Annual report on the working of the mental hospitals in the Madras Presidency - 1912-1932
Year: 1912
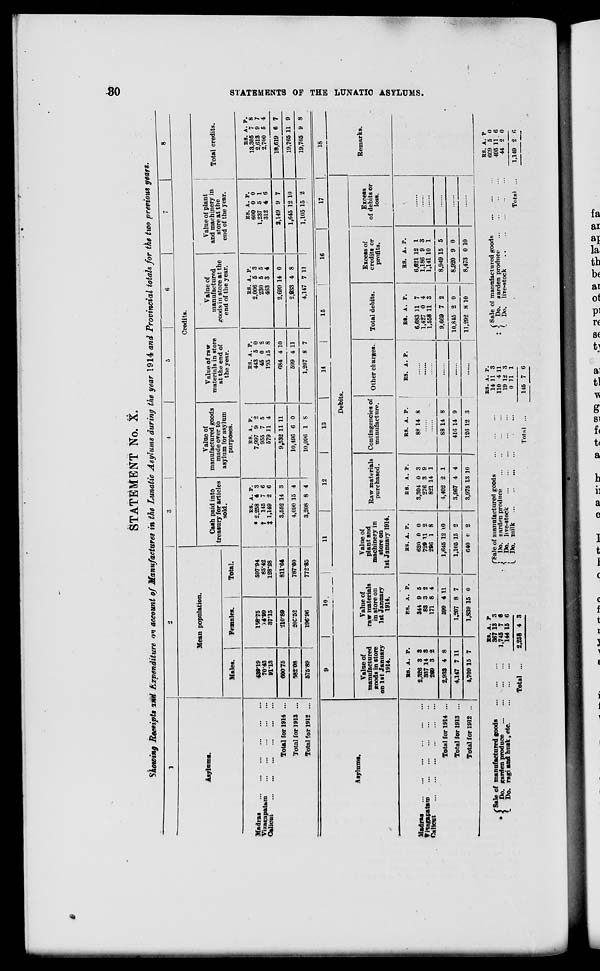
30
STATEMENTS OF THE LUNATIC ASYLUMS.
STATEMENT No. X.
Showing Receipts and Expenditure on account of Manufactures in the Lunatic Asylums during the year 1914 and Provincial totals for the two previous years.
1
Asylums.
Madras
...
...
...
...
...
...
Vizagapatam
...
...
...
...
...
...
Calicut
...
...
...
...
...
...
Total for 1914 ...
Total for 1913 ...
Total for 1912 ...
2
Mean population.
Males.
439.19
70.43
91.13
600.75
582.08
575.89
Females.
158.75
14.99
37.15
210.89
205.52
196.96
Total.
597.94
85.42
128.28
811.64
787.60
772.85
3
4
5
6
7
8
Credits.
Cash paid into
treasury for articles
sold.
RS.
* 2,258
†145
‡ 1,149
3,552
4,090
3,208
A.
4
7
2
14
15
8
P.
3
6
6
3
4
4
Value of
manufactured goods
made over to
asylum for asylum
purposes.
RS.
7,997
955
579
9,532
10,496
10,096
A.
9
7
11
11
6
1
P.
2
5
4
11
0
8
Value of raw
materials in store
at the end of
the year.
RS.
443
45
195
684
599
1,207
A.
5
0
15
4
4
8
P.
0
2
8
10
11
7
Value of
manufactured
goods in store at the
end of the year.
RS.
2,006
230
463
2,699
2,933
4,147
A.
5
5
3
14
4
7
P.
3
5
4
0
8
11
Value of plant
and machinery in
store at the
end of the year.
RS.
600
1,237
312
2,149
1,645
1,105
A.
0
5
4
9
12
15
P.
0
1
6
7
10
2
Total credits.
RS.
13,305
2,613
2,700
18,619
19,765
19,765
A.
7
9
5
6
11
9
P.
8
7
4
7
9
8
Asylums.
Madras
...
...
...
...
...
...
Vizagapatam ... ... ... ... ... ...
Calicut
...
...
...
...
...
...
Total for 1914 ...
Total for 1913 ...
Total for 1912 ...
9
10
11
12
13
14
15
16
17
Debits.
Value of
manufactured
goods in store
on 1st January
1914.
RS.
2,326
337
269
2,933
4,147
4,709
A.
3
14
3
4
7
15
P.
3
3
2
8
11
7
Value of
raw materials
in store on
1st January
1914.
RS.
344
83
171
599
1,207
1,839
A.
9
3
8
4
8
15
P.
5
2
4
11
7
0
Value of
plant and
machinery in
store on
1st January 1914.
RS.
620
729
296
1,645
1,105
640
A.
0
11
1
12
15
0
P.
0
2
8
10
2
2
Raw materials
purchased.
RS.
3,304
276
821
4,402
3,967
3,975
A
0
3
14
2
4
13
P.
3
9
1
1
4
10
Contingencies of
manufacture.
RS.
88
A.
14
P.
8
......
......
88
416
126
14
14
12
8
9
3
Other charges.
RS. A. P.
......
......
......
......
......
Total debits.
RS.
6,683
1,427
1,558
9,669
10,845
11,292
A.
11
0
11
7
2
8
P.
7
4
3
2
0
10
Excess of
credits or
profits.
RS.
6,621
1,186
1,141
8,949
8,920
8,473
A.
12
9
10
15
9
0
P.
1
3
1
5
0
10
Excess
of debits or
loss.
......
......
......
......
......
......
18
Remarks.
* Sale of manufactured goods ... ... ...
Do. garden produce
...
...
...
Do. ragi and husk, etc
...
...
...
Total ...
RS.
367
1,745
144
2,258
A.
13
7
15
4
P
3
9
6
3
Sale of manufactured goods
...
...
...
Do. garden produce
...
...
...
...
...
Do. live-stock
...
...
...
...
...
Do. milk ... ... ... ... ... ...
Total ...
RS.
14
110
19
0
145
A.
11
4
12
11
7
P.
3
11
3
1
6
‡ Sale of manufactured goods
...
...
...
Do. garden produce ... ... ... ...
Do.
live-stock
...
...
...
...
Total ...
RS.
669
495
44
1,149
A.
5
11
2
2
P
0
6
0
6